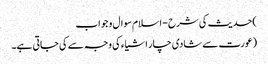
)حدیث کی شرح - اسلام سوال و جواب
(عورت سے شادی چار اشیاء کی وجہ سے کی جاتی ہے۔